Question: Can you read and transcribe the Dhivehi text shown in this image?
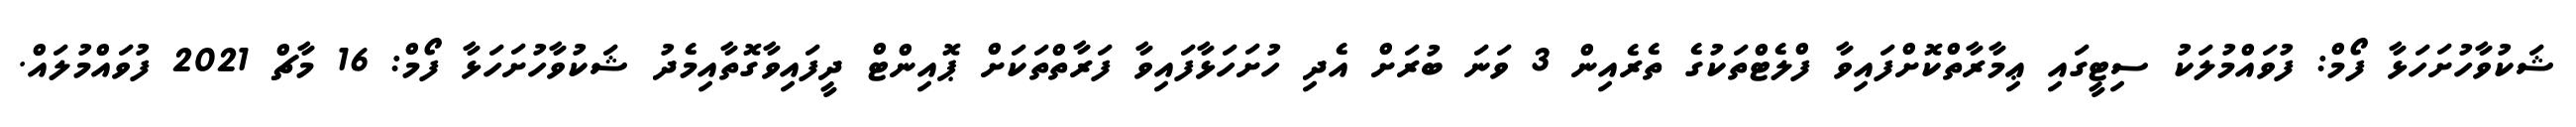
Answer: ޝަކުވާހުށަހަޅާ ފޯމް: ފުވައްމުލަކު ސިޓީގައި ޢިމާރާތްކޮށްފައިވާ ފްލެޓްތަކުގެ ތެރެއިން 3 ވަނަ ބުރަށް އެދި ހުށަހަޅާފައިވާ ފަރާތްތަކަށް ޕޮއިންޓް ދީފައިވާގޮތާއިމެދު ޝަކުވާހުށަހަޅާ ފޯމް: 16 މާޗް 2021 ފުވައްމުލައް.